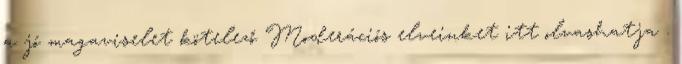
a jó magaviselet kötelező Moderációs elveinket itt olvashatja .